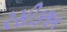
રસીકજન